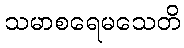
သမာစရေမသေတိ